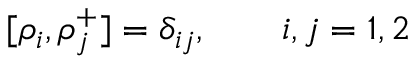
[ \rho _ { i } , \rho _ { j } ^ { + } ] = \delta _ { i j } , \qquad i , j = 1 , 2